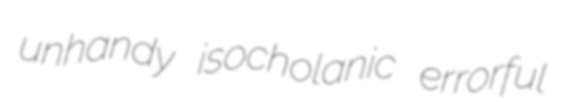
unhandy isocholanic errorful